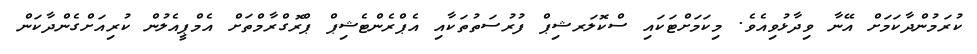
ކުރަމުންދާކަމަށް އޭނާ ވިދާޅުވިއެވެ. މިިކަމަށްޓަކައި ސްކޮލަރޝިޕް ފުރުސަތުތަކާއި އެޕްރެންޓެޝިޕް ޕްރޮގްރާމްތަށް އެމްޕީއެލުން ކުރިއަށްގެންދާކަން